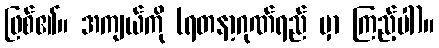
ဖြစ်၏။ အကျယ်ကို (ရတနာ့ဂုဏ်ရည် မှာ ကြည့်ပါ)။